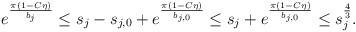
\begin{align*}\begin{aligned}e^{\frac{\pi(1-C\eta)}{b_{j}}}&\leq s_{j}-s_{j,0}+e^{\frac{\pi(1-C\eta)}{b_{j,0}}}\leq s_{j}+e^{\frac{\pi(1-C\eta)}{b_{j,0}}}\leq s_{j}^{\frac{4}{3}}.\end{aligned}\end{align*}